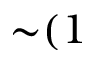
{ \sim } ( 1